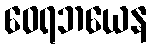
ဝေရဘယေန